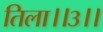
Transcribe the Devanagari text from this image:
तिला।।३।।